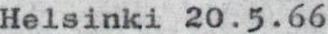
Helsinki 20.5.66